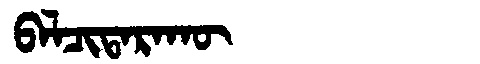
Manchu: ᠪᠠᠯᠴᡳᡨᠠᡵᠠᡴᡡ
Romanization: BALCITARAKŪ